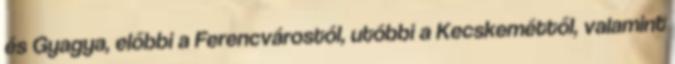
és Gyagya, előbbi a Ferencvárostól, utóbbi a Kecskeméttől, valamint